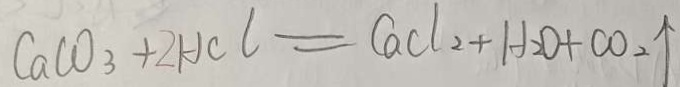
C a C O _ { 3 } + 2 H C l = C a C l _ { 2 } + H _ { 2 } O + C O _ { 2 } \uparrow